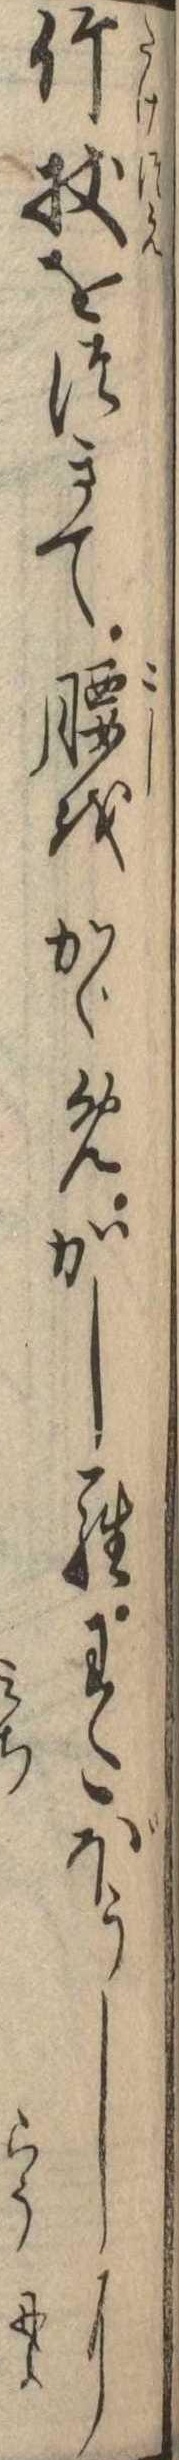
竹杖をつきて腰をかゞめかしらわたぼうしに